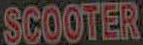
SCOOTER